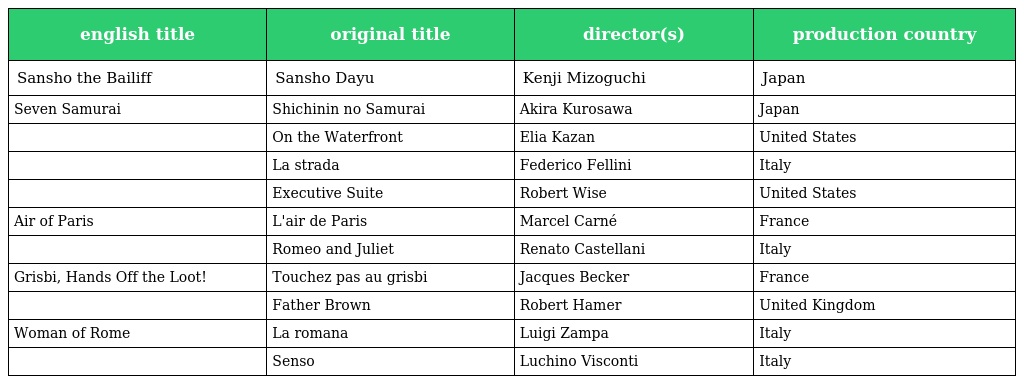
| english title | original title | director(s) | production country |
 | --- | --- | --- | --- |
 | Sansho the Bailiff | Sansho Dayu | Kenji Mizoguchi | Japan |
 | Seven Samurai | Shichinin no Samurai | Akira Kurosawa | Japan |
 |  | On the Waterfront | Elia Kazan | United States |
 |  | La strada | Federico Fellini | Italy |
 |  | Executive Suite | Robert Wise | United States |
 | Air of Paris | L'air de Paris | Marcel Carné | France |
 |  | Romeo and Juliet | Renato Castellani | Italy |
 | Grisbi, Hands Off the Loot! | Touchez pas au grisbi | Jacques Becker | France |
 |  | Father Brown | Robert Hamer | United Kingdom |
 | Woman of Rome | La romana | Luigi Zampa | Italy |
 |  | Senso | Luchino Visconti | Italy |